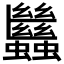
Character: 𧖀